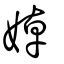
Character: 婥